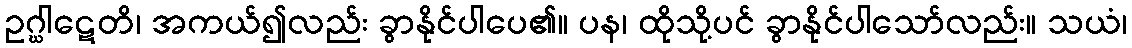
ဥဂ္ဃါဋေတိ၊ အကယ်၍လည်း ခွာနိုင်ပါပေ၏။ ပန၊ ထိုသို့ပင် ခွာနိုင်ပါသော်လည်း။ သယံ၊